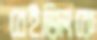
বেইজিংকে